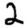
Digit: 2